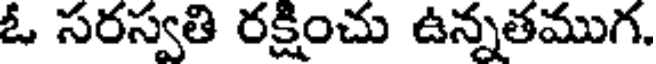
ఓ సరస్వతి రక్షించు ఉన్నతముగ.